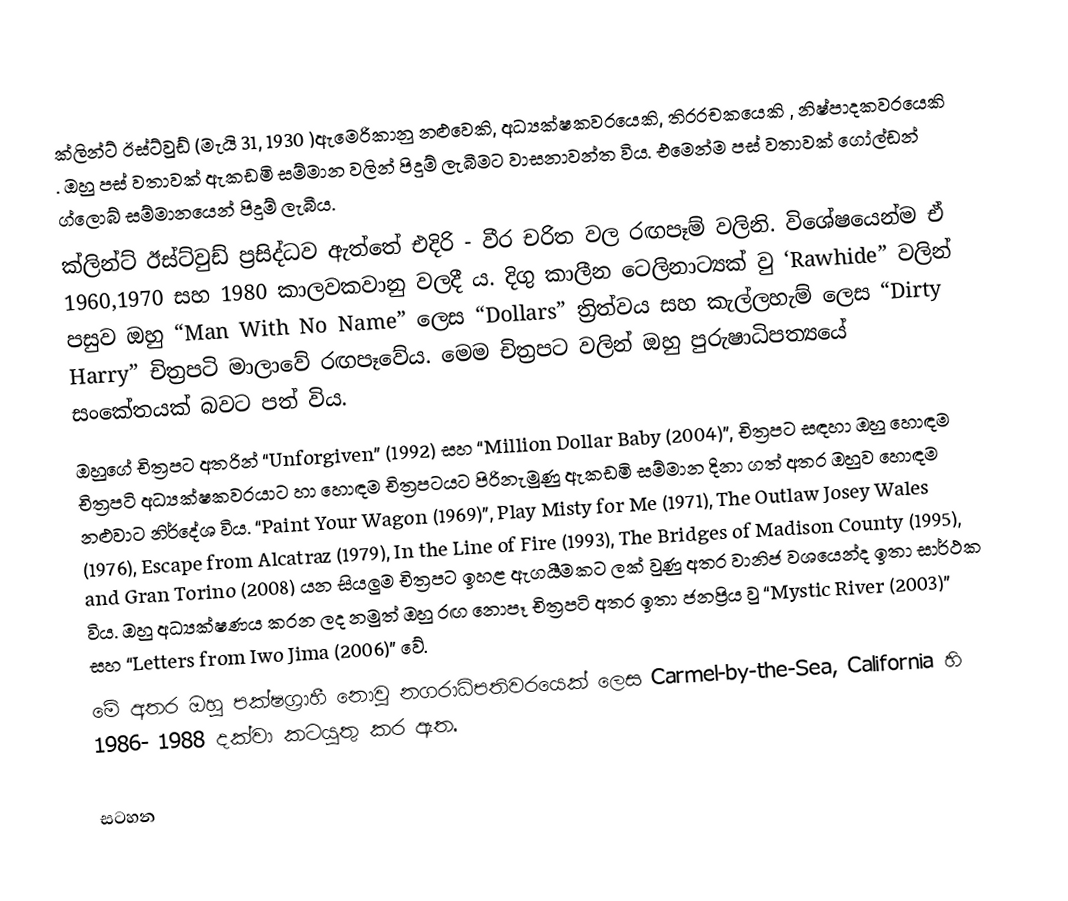
ක්ලින්ට් ඊස්ට්වුඩ්  (මැයි 31, 1930 )ඇමෙරිකානු නළුවෙකි, අධ්‍යක්ෂකවරයෙකි, තිරරචකයෙකි , නිෂ්පාදකවරයෙකි . ඔහු පස් වතාවක් ඇකඩමි සම්මාන වලින් පිදුම් ලැබීමට වාසනාවන්ත විය. එමෙන්ම පස් වතාවක් ගෝල්ඩන් ග්ලොබ් සම්මානයෙන් පිදුම් ලැබීය.
ක්ලින්ට් ඊස්ට්වුඩ්  ප්‍රසිද්ධව ඇත්තේ එදිරි - වීර චරිත වල රඟපෑම් වලිනි. විශේෂයෙන්ම ඒ 1960,1970 සහ 1980 කාලවකවානු වලදී ය. දිගු කාලීන ටෙලිනාට්‍යක් වු ‘Rawhide” වලින් පසුව ඔහු  “Man With No Name” ලෙස “Dollars” ත්‍රිත්වය සහ කැල්ලහැම් ලෙස “Dirty Harry”  චිත්‍රපටි මාලාවේ රඟපෑවේය. මෙම චිත්‍රපට වලින් ඔහු පුරුෂාධිපත්‍යයේ සංකේතයක් බවට පත් විය.
ඔහුගේ චිත්‍රපට අතරින් “Unforgiven” (1992)  සහ “Million Dollar Baby (2004)”,  චිත්‍රපට සඳහා ඔහු හොඳම චිත්‍රපටි අධ්‍යක්ෂකවරයාට හා හොඳම චිත්‍රපටයට පිරිනැමුණු ඇකඩමි සම්මාන දිනා ගත් අතර ඔහුව හොඳම නළුවාට නිර්දේශ විය. “Paint Your Wagon (1969)”, Play Misty for Me (1971), The Outlaw Josey Wales (1976), Escape from Alcatraz (1979), In the Line of Fire (1993), The Bridges of Madison County (1995), and Gran Torino (2008) යන සියලුම චිත්‍රපට ඉහළ ඇගයීමකට ලක් වුණු අතර වානිජ වශයෙන්ද ඉතා  සාර්ථක විය. ඔහු අධ්‍යක්ෂණය කරන ලද නමුත් ඔහු රඟ නොපෑ චිත්‍රපටි අතර ඉතා ජනප්‍රිය වු “Mystic River (2003)” සහ “Letters from Iwo Jima (2006)” වේ.
මේ අතර ඔහු පක්ෂග්‍රාහී නොවු නගරාධිපතිවරයෙක් ලෙස Carmel-by-the-Sea, California හි 1986- 1988 දක්වා කටයුතු කර ඇත.

සටහන